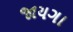
જાયગા